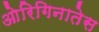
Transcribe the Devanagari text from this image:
ओरिगिनातेस